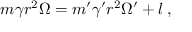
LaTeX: m \gamma r ^ { 2 } \Omega = m ^ { \prime } \gamma ^ { \prime } r ^ { 2 } \Omega ^ { \prime } + l \; ,